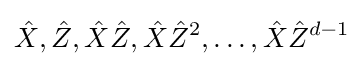
{\hat {X}},{\hat {Z}},{\hat {X}}{\hat {Z}},{\hat {X}}{\hat {Z}}^{2},\ldots ,{\hat {X}}{\hat {Z}}^{d-1}